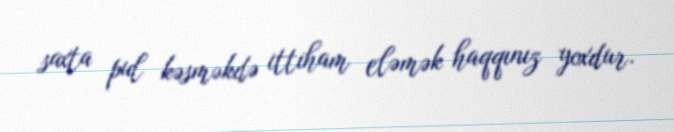
saxta pul kəsməkdə ittiham eləmək haqqınız yoxdur.